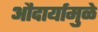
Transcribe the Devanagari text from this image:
औदार्यामुळे